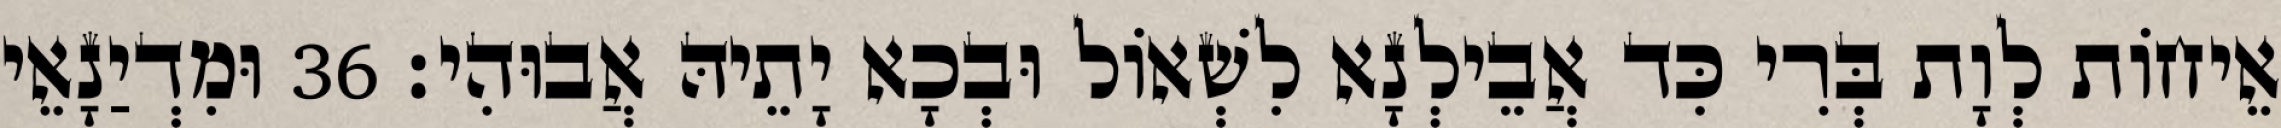
אֵיחוֹת לְוָת בְּרִי כִּד אֲבֵילְנָא לִשְׁאוֹל וּבְכָא יָתֵיהּ אֲבוּהִי׃ 36 וּמִדְיַנָאֵי